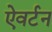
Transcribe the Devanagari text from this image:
ऐवर्टन